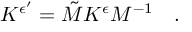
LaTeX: K ^ { \epsilon ^ { \prime } } = \tilde { M } K ^ { \epsilon } M ^ { - 1 } \quad .